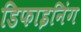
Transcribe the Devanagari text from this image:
डिफाइनिंग